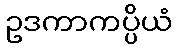
ဥဒကာကပ္ပိယံ